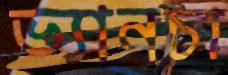
ভ্যানচা